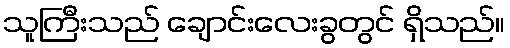
သူကြီးသည် ချောင်းလေးခွတွင် ရှိသည်။